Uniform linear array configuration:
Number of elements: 32
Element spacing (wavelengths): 0.75
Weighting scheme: exponential
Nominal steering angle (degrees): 45
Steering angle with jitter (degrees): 46.742
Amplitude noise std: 0.05
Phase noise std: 0.05

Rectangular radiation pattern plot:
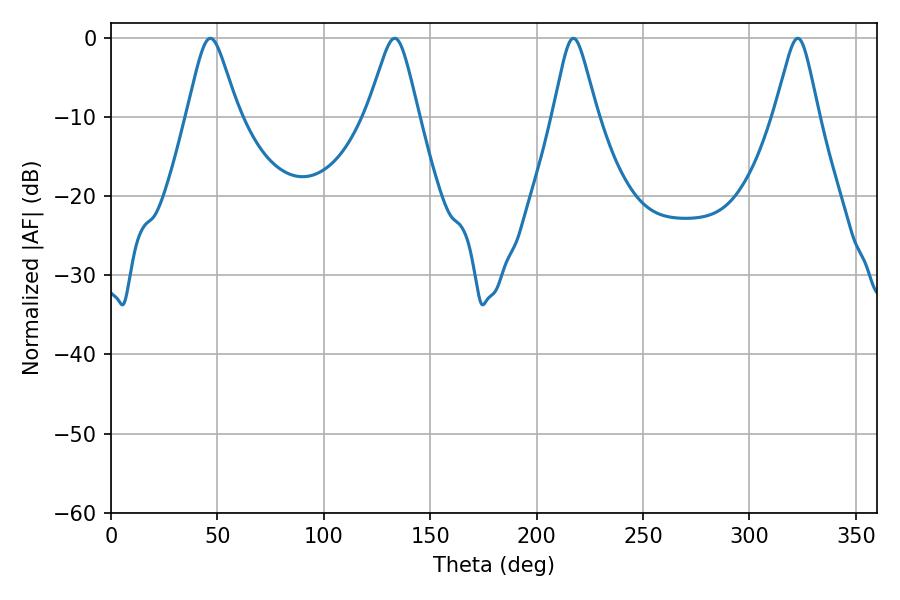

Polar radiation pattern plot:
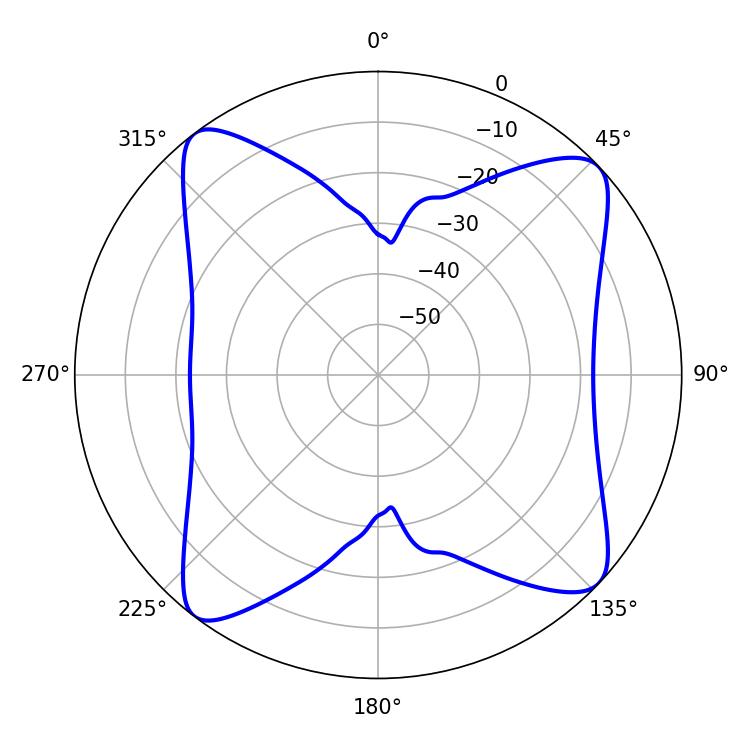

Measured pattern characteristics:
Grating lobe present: TRUE
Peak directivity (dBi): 12.527
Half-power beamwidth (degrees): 9.9
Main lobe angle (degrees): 217.26